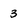
Character: 3